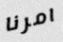
امرنا